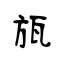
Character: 瓬